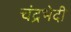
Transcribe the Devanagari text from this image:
चंद्रभेदी